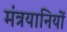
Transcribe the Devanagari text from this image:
मंत्रयानियों